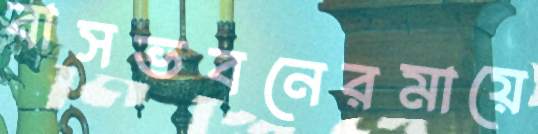
বাসভবনেরমায়ে